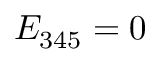
E _ { 3 4 5 } = 0